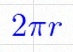
2\pi r